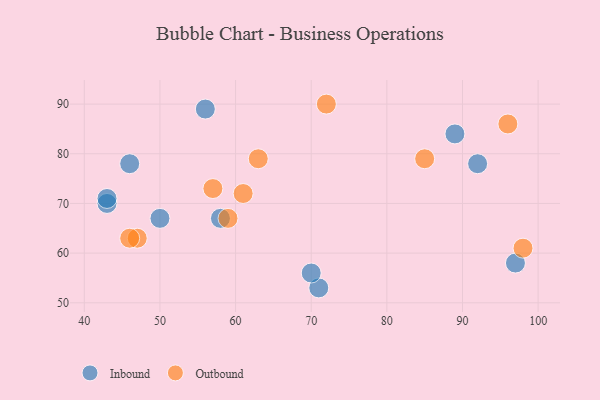
{"axis": {"x": "GDP", "y": "Life Expectancy"}, "legend": ["Inbound", "Outbound"], "data": [{"x": "89", "y": 84, "type": "Inbound"}, {"x": "50", "y": 67, "type": "Inbound"}, {"x": "92", "y": 78, "type": "Inbound"}, {"x": "71", "y": 53, "type": "Inbound"}, {"x": "43", "y": 70, "type": "Inbound"}, {"x": "97", "y": 58, "type": "Inbound"}, {"x": "46", "y": 78, "type": "Inbound"}, {"x": "58", "y": 67, "type": "Inbound"}, {"x": "43", "y": 71, "type": "Inbound"}, {"x": "70", "y": 56, "type": "Inbound"}, {"x": "56", "y": 89, "type": "Inbound"}, {"x": "72", "y": 90, "type": "Outbound"}, {"x": "85", "y": 79, "type": "Outbound"}, {"x": "47", "y": 63, "type": "Outbound"}, {"x": "57", "y": 73, "type": "Outbound"}, {"x": "61", "y": 72, "type": "Outbound"}, {"x": "59", "y": 67, "type": "Outbound"}, {"x": "63", "y": 79, "type": "Outbound"}, {"x": "98", "y": 61, "type": "Outbound"}, {"x": "96", "y": 86, "type": "Outbound"}, {"x": "46", "y": 63, "type": "Outbound"}]}